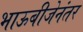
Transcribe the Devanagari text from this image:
भाऊबीजेनंतर